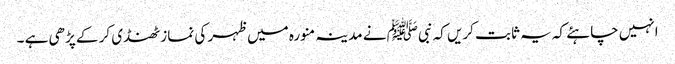
انہیں چاہئے کہ یہ ثابت کریں کہ نبیﷺ نے مدینہ منورہ میں ظہر کی نماز ٹھنڈی کر کے پڑھی ہے ۔